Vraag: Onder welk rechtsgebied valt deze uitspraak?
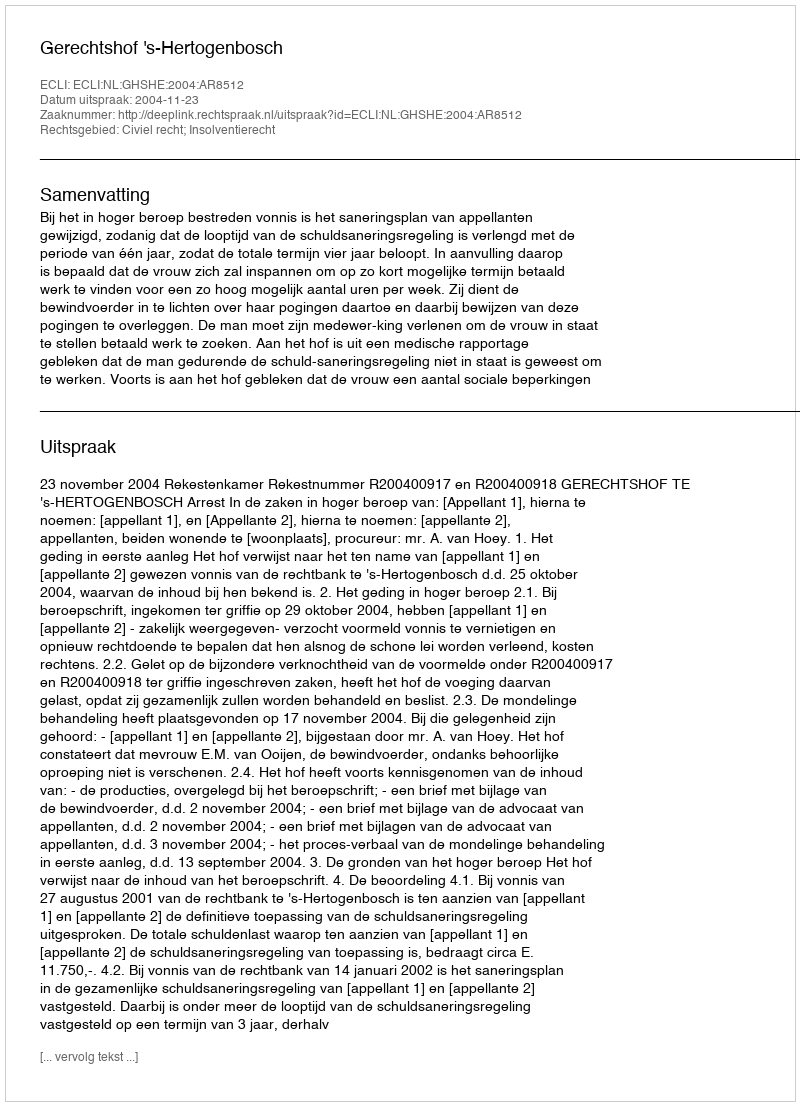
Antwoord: Civiel recht; Insolventierecht